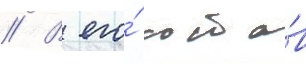
// В его́ соста́в